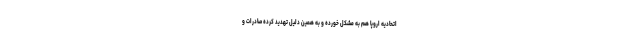
اتحادیه اروپا هم به مشکل خورده و به همین دلیل تهدید کرده صادرات و